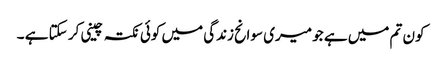
کون تم میں ہے جو میری سوانح زندگی میں کوئی نکتہ چینی کر سکتا ہے ۔